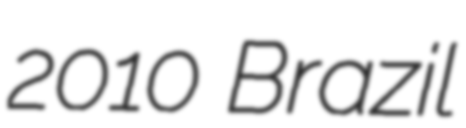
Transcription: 2010 Brazil